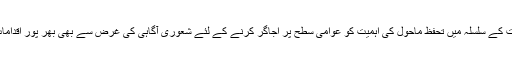
عالمی یوم ماحولیات کے سلسلہ میں تحفظ ماحول کی اہمیت کو عوامی سطح پر اجاگر کرنے کے لئے شعوری آگاہی کی غرض سے بھی بھر پور اقدامات کئے جائیں گے۔